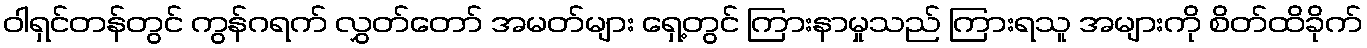
ဝါရှင်တန်တွင် ကွန်ဂရက် လွှတ်တော် အမတ်များ ရှေ့တွင် ကြားနာမှုသည် ကြားရသူ အများကို စိတ်ထိခိုက်